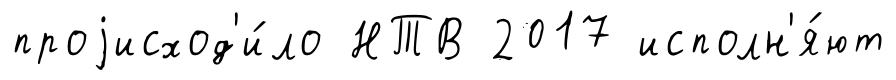
проjисход'и́ло НТВ 2017 исполн'я́ют